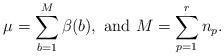
LaTeX: \begin{align*} \mu=\sum_{b=1}^M \beta(b),\ \mbox{and} \ M=\sum_{p=1}^r n_p. \end{align*}